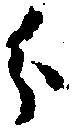
分